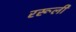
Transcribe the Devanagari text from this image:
ररूली